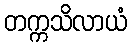
တက္ကသိလာယံ